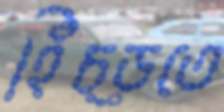
হিঁচ্‌ড়তে